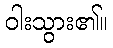
ဝါးသွား၏။